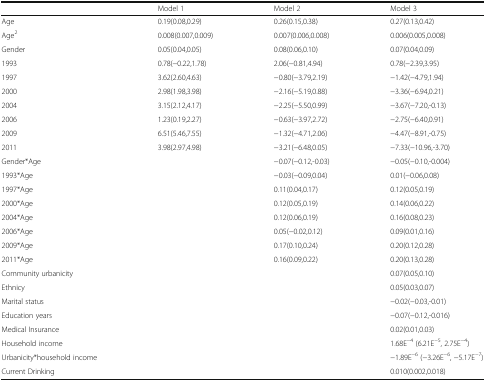
<table><thead><tr><td></td><td><b>Model 1</b></td><td><b>Model 2</b></td><td><b>Model 3</b></td></tr></thead><tbody><tr><td>Age</td><td>0.19(0.08,0.29)</td><td>0.26(0.15,0.38)</td><td>0.27(0.13,0.42)</td></tr><tr><td>Age<sup>2</sup></td><td>0.008(0.007,0.009)</td><td>0.007(0.006,0.008)</td><td>0.006(0.005,0.008)</td></tr><tr><td>Gender</td><td>0.05(0.04,0.05)</td><td>0.08(0.06,0.10)</td><td>0.07(0.04,0.09)</td></tr><tr><td>1993</td><td>0.78(−0.22,1.78)</td><td>2.06(−0.81,4.94)</td><td>0.78(−2.39,3.95)</td></tr><tr><td>1997</td><td>3.62(2.60,4.63)</td><td>−0.80(−3.79,2.19)</td><td>−1.42(−4.79,1.94)</td></tr><tr><td>2000</td><td>2.98(1.98,3.98)</td><td>−2.16(−5.19,0.88)</td><td>−3.36(−6.94,0.21)</td></tr><tr><td>2004</td><td>3.15(2.12,4.17)</td><td>−2.25(−5.50,0.99)</td><td>−3.67(−7.20,-0.13)</td></tr><tr><td>2006</td><td>1.23(0.19,2.27)</td><td>−0.63(−3.97,2.72)</td><td>−2.75(−6.40,0.91)</td></tr><tr><td>2009</td><td>6.51(5.46,7.55)</td><td>−1.32(−4.71,2.06)</td><td>−4.47(−8.91,-0.75)</td></tr><tr><td>2011</td><td>3.98(2.97,4.98)</td><td>−3.21(−6.48,0.05)</td><td>−7.33(−10.96,-3.70)</td></tr><tr><td>Gender*Age</td><td></td><td>−0.07(−0.12,-0.03)</td><td>−0.05(−0.10,-0.004)</td></tr><tr><td>1993*Age</td><td></td><td>−0.03(−0.09,0.04)</td><td>0.01(−0.06,0.08)</td></tr><tr><td>1997*Age</td><td></td><td>0.11(0.04,0.17)</td><td>0.12(0.05,0.19)</td></tr><tr><td>2000*Age</td><td></td><td>0.12(0.05,0.19)</td><td>0.14(0.06,0.22)</td></tr><tr><td>2004*Age</td><td></td><td>0.12(0.06,0.19)</td><td>0.16(0.08,0.23)</td></tr><tr><td>2006*Age</td><td></td><td>0.05(−0.02,0.12)</td><td>0.09(0.01,0.16)</td></tr><tr><td>2009*Age</td><td></td><td>0.17(0.10,0.24)</td><td>0.20(0.12,0.28)</td></tr><tr><td>2011*Age</td><td></td><td>0.16(0.09,0.22)</td><td>0.20(0.13,0.28)</td></tr><tr><td>Community urbanicity</td><td></td><td></td><td>0.07(0.05,0.10)</td></tr><tr><td>Ethnicy</td><td></td><td></td><td>0.05(0.03,0.07)</td></tr><tr><td>Marital status</td><td></td><td></td><td>−0.02(−0.03,-0.01)</td></tr><tr><td>Education years</td><td></td><td></td><td>−0.07(−0.12,-0.016)</td></tr><tr><td>Medical Insurance</td><td></td><td></td><td>0.02(0.01,0.03)</td></tr><tr><td>Household income</td><td></td><td></td><td>1.68E<sup>−4</sup> (6.21E<sup>−5</sup>, 2.75E<sup>−4</sup>)</td></tr><tr><td>Urbanicity*household income</td><td></td><td></td><td>−1.89E<sup>−6</sup> (−3.26E<sup>−6</sup>, −5.17E<sup>−7</sup>)</td></tr><tr><td>Current Drinking</td><td></td><td></td><td>0.010(0.002,0.018)</td></tr></tbody></table>